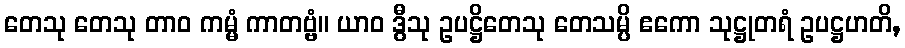
တေသု တေသု တာဝ ကမ္မံ ကာတဗ္ဗံ။ ယာဝ ဒွီသု ဥပဋ္ဌိတေသု တေသမ္ပိ ဧကော သုဋ္ဌုတရံ ဥပဋ္ဌဟတိ,